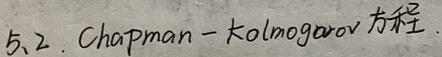
5.2. Chapman - Kolmogorov 方程.